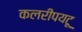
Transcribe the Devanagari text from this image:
कलरीपयटू